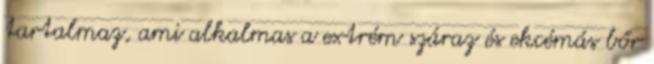
tartalmaz, ami alkalmas a extrém száraz és ekcémás bőr